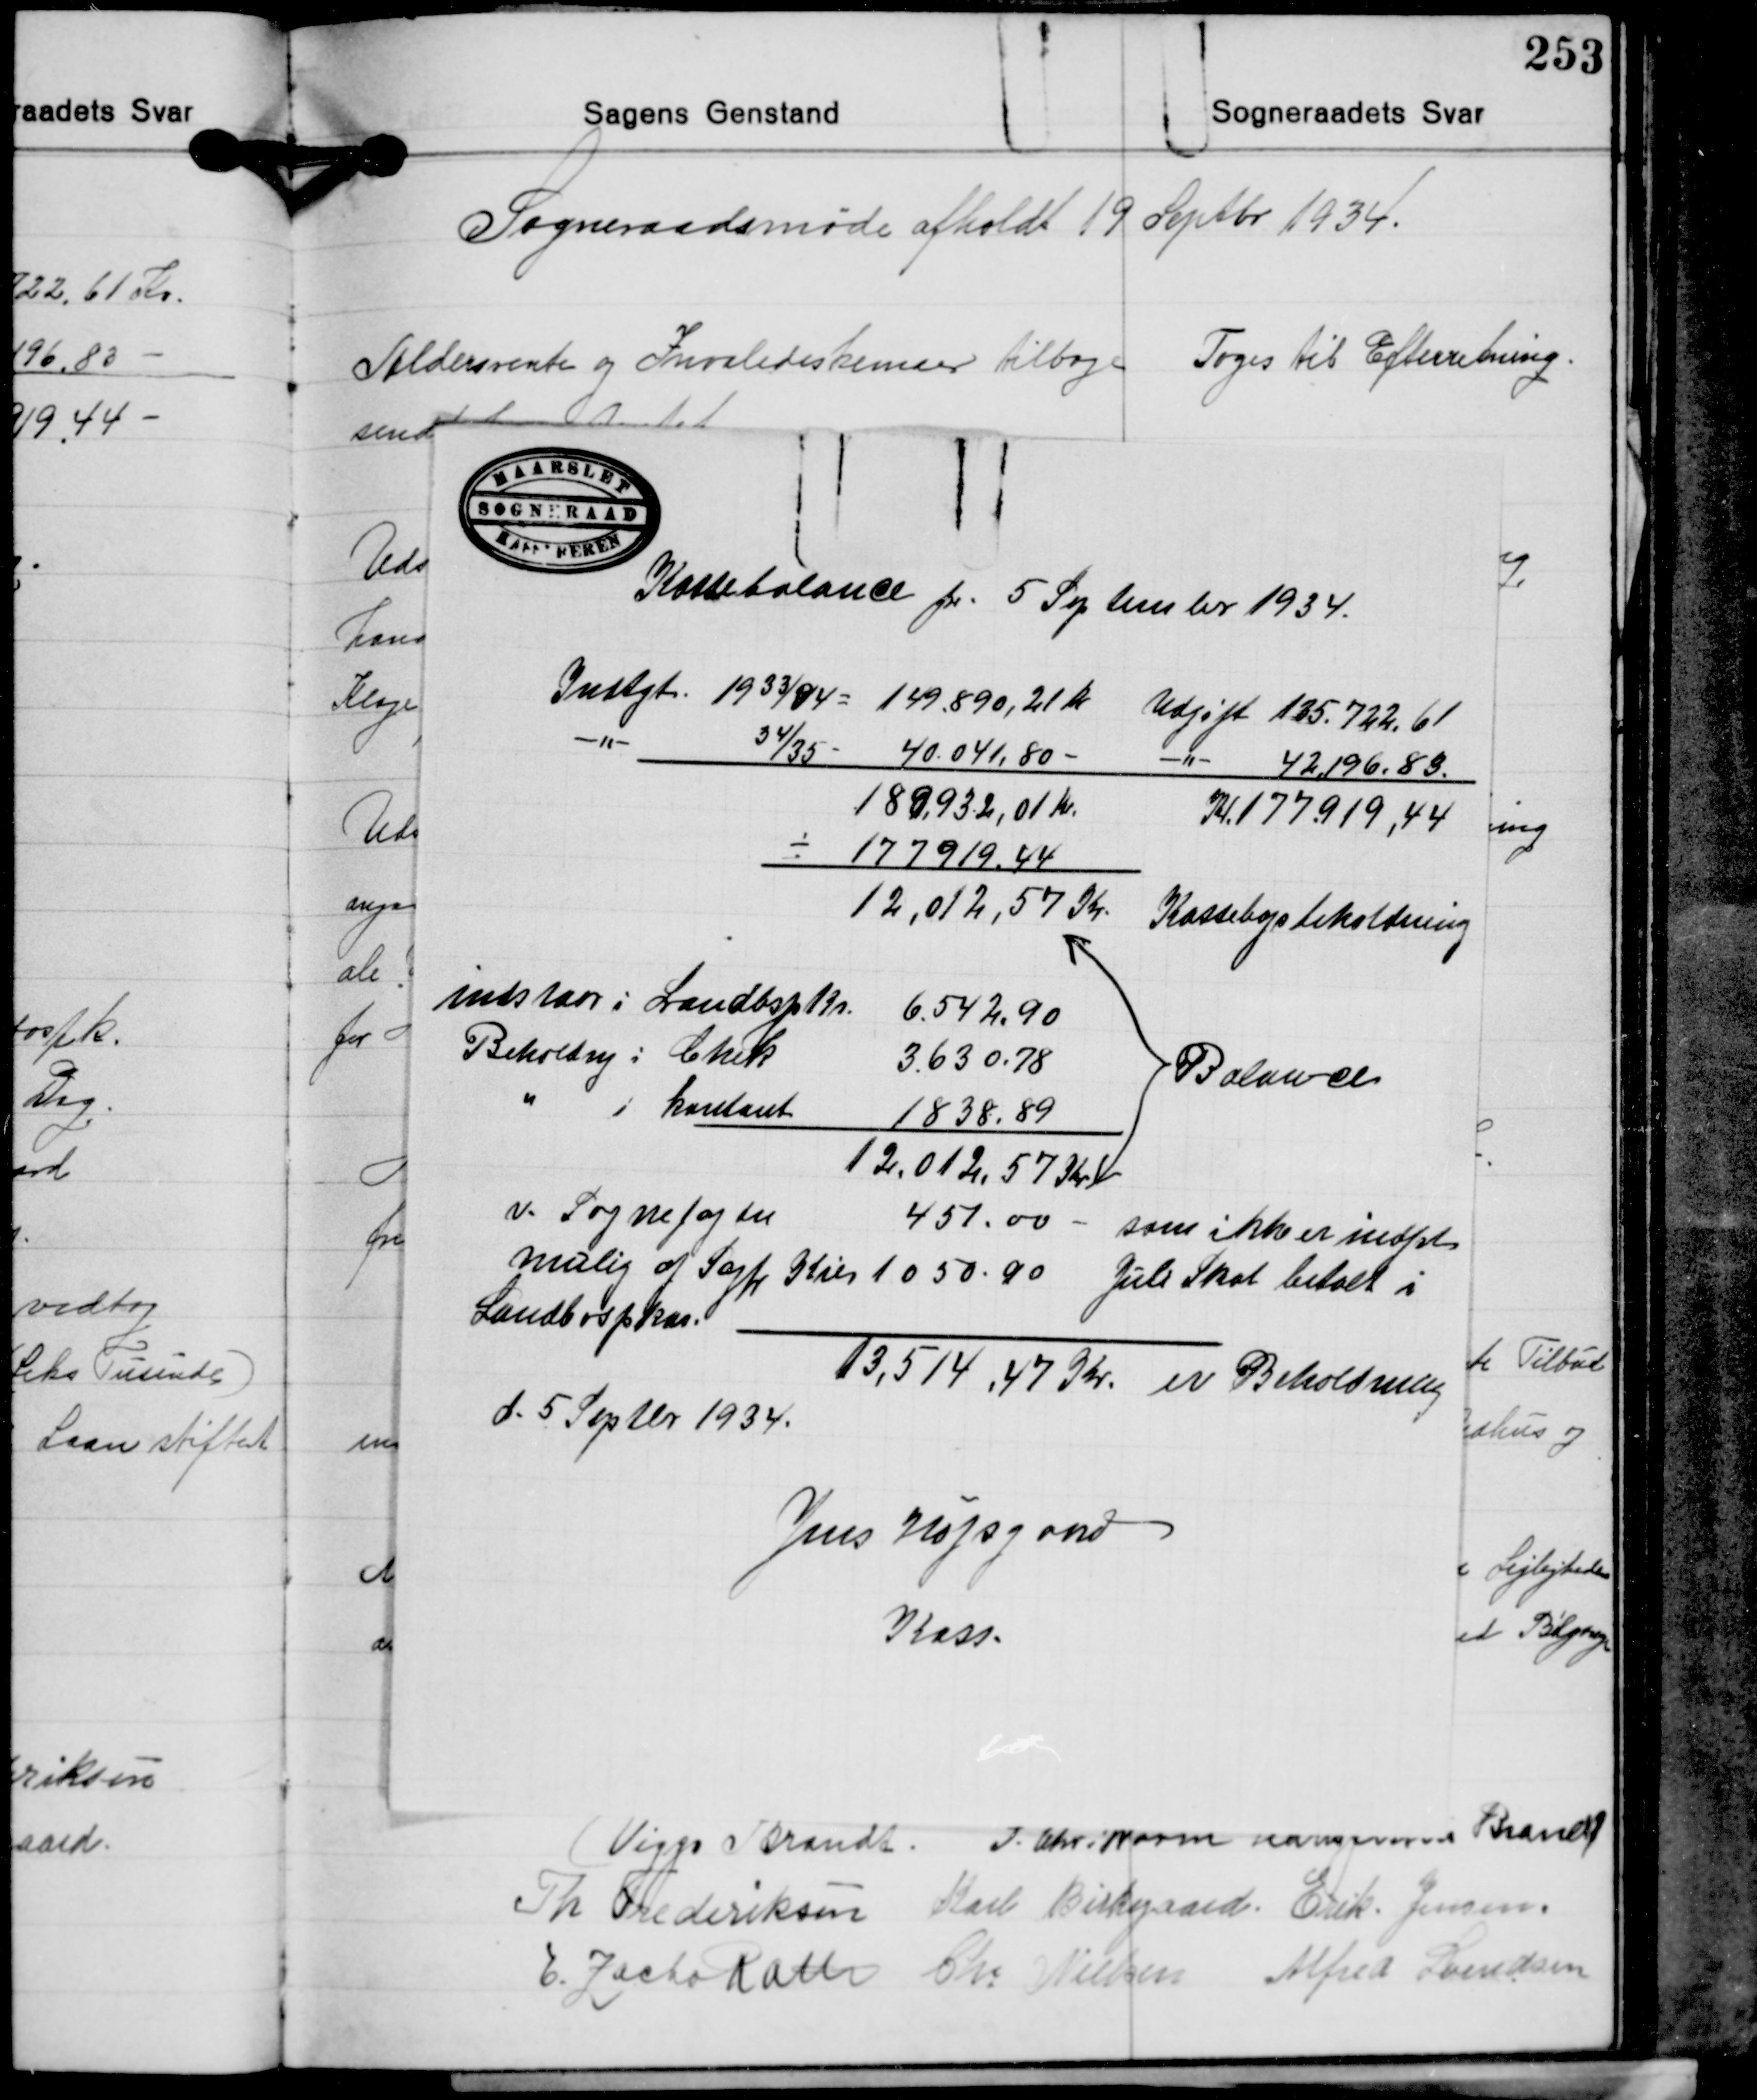
Transskription:
Kassebalance pr. 5 September 1934.

Indtægt 1933/34 = 149.890,21 Kr. Udgift 135.722,61
" 34/35- 40.041,80 - -"- 42.196,83
189,932,01 Kr.
Kr. 177.919,44
÷ 177.919,44
12.012,57 Kr.
Kassebogsbeholdning

indstaar i Landbospks. 6.542,90
Beholdng. i Check
3.630,78
" i kontant
1.838,89
12.012, 57 Kr.

Balance

v. Sognefogden
451,00 - som ikk er indført
mulig af Sagf. Kier 1.050,90 Juli Skat betalt i
Landbospkas.
13.514,47 Kr. er Beholdning
d. 5 Septbr. 1934.
Jens Højsgaard
Kass.